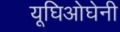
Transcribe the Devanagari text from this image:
यूघिओघेनी